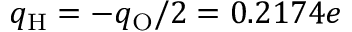
q _ { \mathrm { H } } = - q _ { \mathrm { O } } / 2 = 0 . 2 1 7 4 e